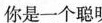
你是一个聪明